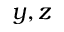
y , z